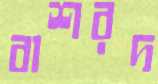
বাশরদ